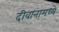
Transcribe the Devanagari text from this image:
दीवानामध्ये